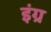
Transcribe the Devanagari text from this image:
इंग्र